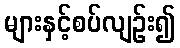
များနှင့်စပ်လျဉ်း၍